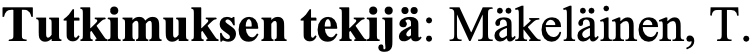
Tutkimuksen tekijä: Mäkeläinen, T.